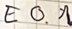
Text: E0.1